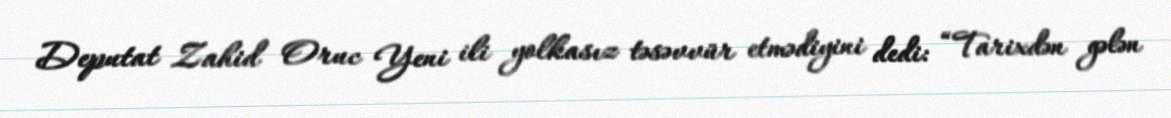
Deputat Zahid Oruc Yeni ili yolkasız təsəvvür etmədiyini dedi: “Tarixdən gələn